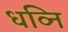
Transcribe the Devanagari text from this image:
धव्नि